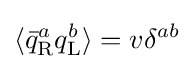
\textstyle \langle {\bar {q}}_{\text{R}}^{a}q_{\text{L}}^{b}\rangle =v\delta ^{ab}